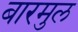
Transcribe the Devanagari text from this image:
बारमुल